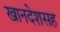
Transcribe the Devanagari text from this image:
खानदेशसह